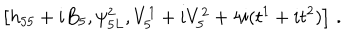
LaTeX: \left[ h _ { 5 5 } + i B _ { 5 } , \psi _ { 5 L } ^ { 2 } , V _ { 5 } ^ { 1 } + i V _ { 5 } ^ { 2 } + 4 i ( t ^ { 1 } + i t ^ { 2 } ) \right] \, .